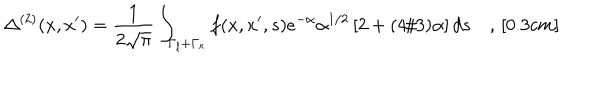
\Delta ^ { ( 2 ) } ( x , x ^ { \prime } ) = \frac { 1 } { 2 \sqrt { \pi } } \int _ { \Gamma _ { l } + \Gamma _ { r } } f ( x , x ^ { \prime } , s ) e ^ { - \alpha } \alpha ^ { 1 / 2 } \left[ 2 + ( 4 / 3 ) \alpha \right] d s \quad , \, [ 0 . 3 c m ]